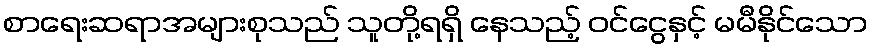
စာရေးဆရာအများစုသည် သူတို့ရရှိ နေသည့် ဝင်ငွေနှင့် မမီနိုင်သော